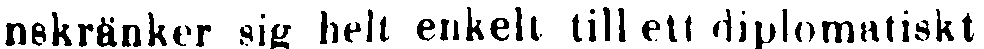
nskränker sig helt enkelt till ett diplomatiskt